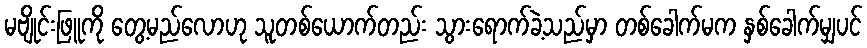
မဗျိုင်းဖြူကို တွေ့မည်လောဟု သူတစ်ယောက်တည်း သွားရောက်ခဲ့သည်မှာ တစ်ခေါက်မက နှစ်ခေါက်မျှပင်